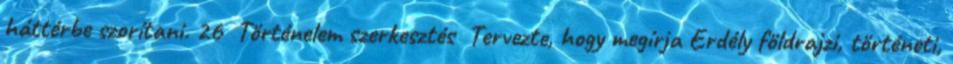
háttérbe szorítani. 26 Történelem szerkesztés Tervezte, hogy megírja Erdély földrajzi, történeti,